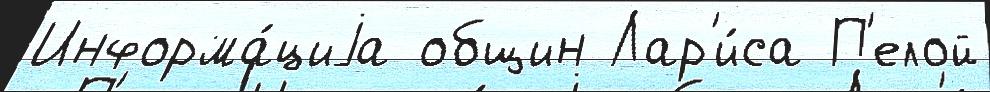
Информа́циjа общин Лар'и́са П'елой